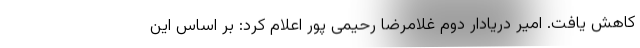
کاهش یافت. امیر دریادار دوم غلامرضا رحیمی پور اعلام کرد: بر اساس این